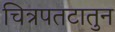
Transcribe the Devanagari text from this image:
चित्रपतटातुन